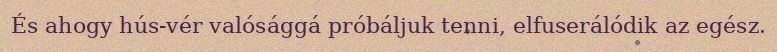
És ahogy hús-vér valósággá próbáljuk tenni, elfuserálódik az egész.